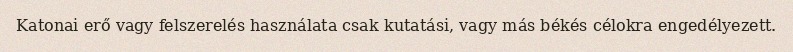
Katonai erő vagy felszerelés használata csak kutatási, vagy más békés célokra engedélyezett.